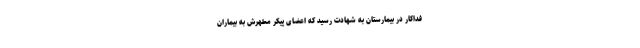
فداکار در بیمارستان به شهادت رسید که اعضای پیکر مطهرش به بیماران